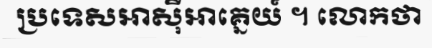
ប្រទេសអាស៊ីអាគ្នេយ៍ ។ លោកថា